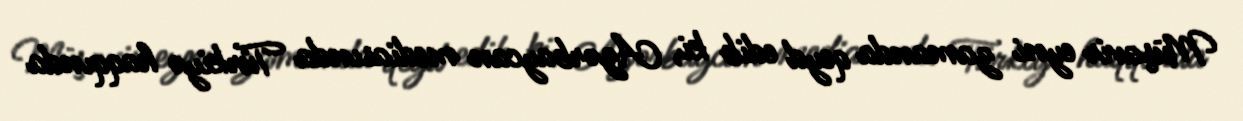
Müşavir eyni zamanda qeyd edib ki, Azərbaycan mediasında Türkiyə haqqında